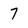
Character: 7